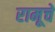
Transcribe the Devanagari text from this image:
रामूचे